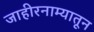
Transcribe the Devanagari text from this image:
जाहीरनाम्यातून